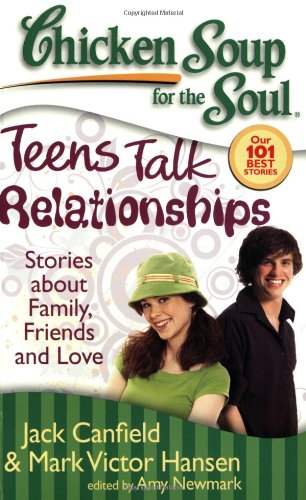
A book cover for Chicken Soup for the Soul: Teens Talk Relationships: Stories about Family, Friends, and Love; Jack Canfield; Teen & Young Adult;